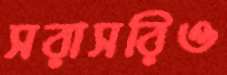
সরাসরিও